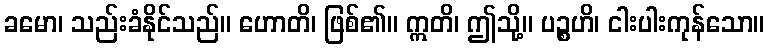
ခမော၊ သည်းခံနိုင်သည်။ ဟောတိ၊ ဖြစ်၏။ ဣတိ၊ ဤသို့။ ပဉ္စဟိ၊ ငါးပါးကုန်သော။